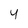
Character: 4